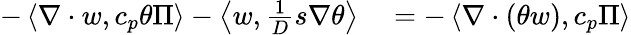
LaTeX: \begin{array}{rl}{-\left\langle\nabla\cdot w,c_{p}\theta\Pi\right\rangle-\left\langle w,\frac{1}{D}s\nabla\theta\right\rangle}&{{}=-\left\langle\nabla\cdot(\theta w),c_{p}\Pi\right\rangle}\end{array}